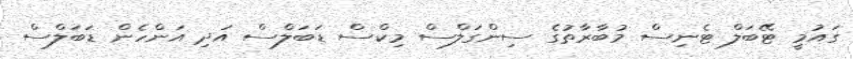
ގައުމީ ޓޭބަލް ޓެނިސް މުބާރާތުގެ ސިންގަލްސް މިކްސް ޑަބަލްސް އަދި އަންހެން ޑަބަލްސް